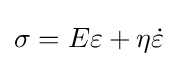
\sigma =E\varepsilon +\eta {\dot {\varepsilon }}